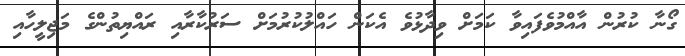
ގޯނާ ކުރުން އާއްމުވެފައިވާ ކަމަށް ވިދާޅުވެ އެކަން ހައްލުކުރުމަށް ސަރުކާރާއި ރައްޔިތުންގެ މަޖިލީހާއި